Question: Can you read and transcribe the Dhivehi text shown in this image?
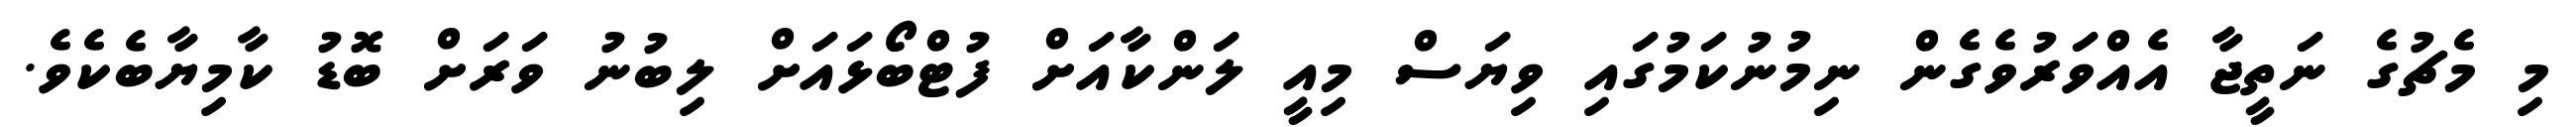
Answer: މި މެޗުގެ ނަތީޖާ އެއްވަރުވެގެން ނިމުނުކަމުގައި ވިޔަސް މިއީ ލަންކާއަށް ފުޓްބޯޅައަށް ލިބުނު ވަރަށް ބޮޑު ކާމިޔާބެކެވެ.